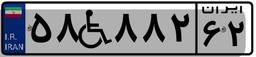
۵۳W۸۰۴۰۰